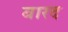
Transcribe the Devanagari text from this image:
बारद